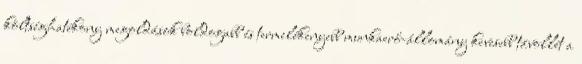
költséghatékony megoldások boldogabb és termelékenyebb munkaerő-állomány kevesebb távollét a